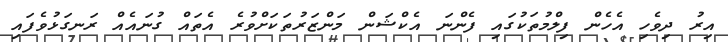
އިރު ދިވެހި އެހެން ފިލްމުތަކުގައި ފެންނަ އެކްޝަން މަންޒަރުތަކަށްވުރެ އެތައް ގުނައެއް ރަނގަޅުވެފައި